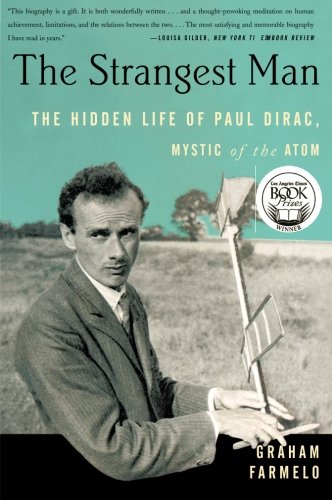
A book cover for The Strangest Man: The Hidden Life of Paul Dirac, Mystic of the Atom; Graham Farmelo; Science & Math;